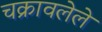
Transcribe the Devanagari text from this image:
चक्रावलेले